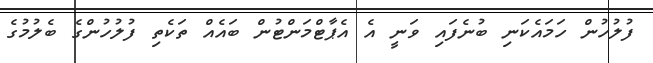
ފުލުހުން ހަމައެކަނި ބުނެފައި ވަނީ އެ އެޕާޓްމަންޓުން ބައެއް ތަކެތި ފުލުހުންގެ ބެލުމުގެ